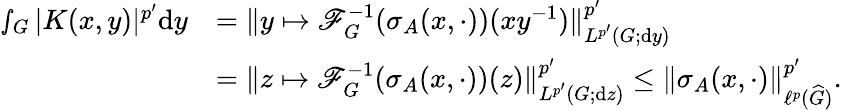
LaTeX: \begin{array}{rl}{\smallint_{G}|K(x,y)|^{p^{\prime}}\textnormal{d}y}&{=\Vert y\mapsto\mathscr{F}_{G}^{-1}(\sigma_{A}(x,\cdot))(xy^{-1})\Vert_{L^{p^{\prime}}(G;\textnormal{d}y)}^{p^{\prime}}}\\ &{=\Vert z\mapsto\mathscr{F}_{G}^{-1}(\sigma_{A}(x,\cdot))(z)\Vert_{L^{p^{\prime}}(G;\textnormal{d}z)}^{p^{\prime}}\leq\Vert\sigma_{A}(x,\cdot)\Vert_{\ell^{p}(\widehat{G})}^{p^{\prime}}.}\end{array}